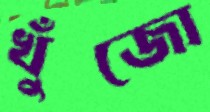
খুঁজো